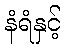
နံရံနှင့်